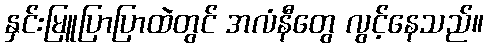
နှင်းမြူပြာပြာထဲတွင် အလံနီတွေ လွင့်နေသည်။